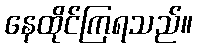
နေထိုင်ကြရသည်။